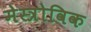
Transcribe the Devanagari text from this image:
मेस्त्रोविक